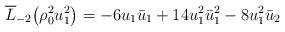
LaTeX: \begin{align*}\overline{L}_{-2}\big(\rho_0^2 u_1^2\big)=-6u_1\bar{u}_1+14u_1^2\bar{u}_1^2-8u_1^2\bar{u}_2\end{align*}